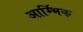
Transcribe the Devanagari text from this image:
आर्म्भिक